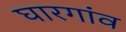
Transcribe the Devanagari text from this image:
घारगांव